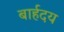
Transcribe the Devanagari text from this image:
बार्हदय